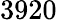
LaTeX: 3920